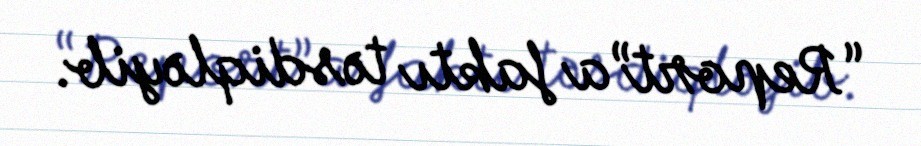
“Report”a faktı təsdiqləyib.